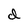
Character: d